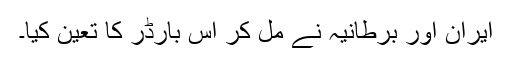
ایران اور برطانیہ نے مل کر اس بارڈر کا تعین کیا۔